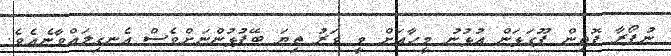
ނުފޯރާ ފޮތިން ފޫގަޅަން އުޅުނު މީހާއަށް ވީ ވަރު ތިޔަ ބޭފުޅުންނަށްވެސް އެނގިލައްވާނެއެވެ.